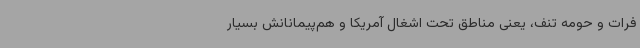
فرات و حومه تنف، یعنی مناطق تحت اشغال آمریکا و هم‌پیمانانش بسیار